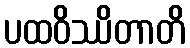
ပထဝိဿိတာတိ